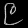
Digit: ၉